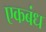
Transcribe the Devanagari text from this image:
एकबंध